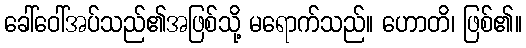
ခေါ်ဝေါ်အပ်သည်၏အဖြစ်သို့ မရောက်သည်။ ဟောတိ၊ ဖြစ်၏။